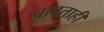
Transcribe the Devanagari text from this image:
चावताही